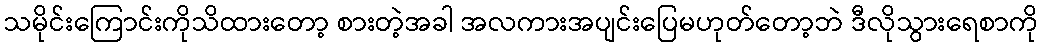
သမိုင်းကြောင်းကိုသိထားတော့ စားတဲ့အခါ အလကားအပျင်းပြေမဟုတ်တော့ဘဲ ဒီလိုသွားရေစာကို